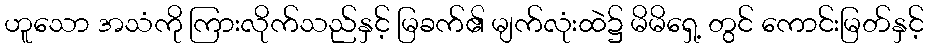
ဟူသော အသံကို ကြားလိုက်သည်နှင့် မြခက်၏ မျက်လုံးထဲ၌ မိမိရှေ့ တွင် ကောင်းမြတ်နှင့်